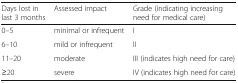
| Days lost in last 3 months | Assessed impact | Grade (indicating increasing need for medical care) |
 | --- | --- | --- |
 | 0–5 | minimal or infrequent | I |
 | 6–10 | mild or infrequent | II |
 | 11–20 | moderate | III (indicates high need for care) |
 | ≥20 | severe | IV (indicates high need for care) |